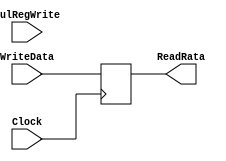
`timescale 1ns / 1ps
//////////////////////////////////////////////////////////////////////////////////
// Company: 
// Engineer: 
// 
// Design Name: 
// Module Name: RegisterFile
// Project Name: 
// Target Devices: 
// Tool Versions: 
// Description: 
// 
// Dependencies: 
// 
// Revision:
// Revision 0.01 - File Created
// Additional Comments:
// 
//////////////////////////////////////////////////////////////////////////////////


module MulRegFile(

input wire[47:0] WriteData,
input wire Clock,
input MulRegWrite,
output wire[47:0] ReadRata
);
    
reg[47:0] Register;


initial 
begin
   Register <= 48'd0; 
end
 


//Shkruaj ne regjister
always @(posedge Clock)
begin
Register <= WriteData;
end

//Lexo regjistrin ReadData
assign ReadRata = Register;


endmodule